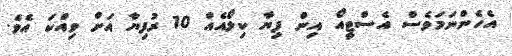
އެހެންނަމަވެސް އެސްޓީއޯ އިން ފިޔާ ކިލޯއެއް 10 ރުފިޔާ އަށް ވިއްކަ އެވެ.